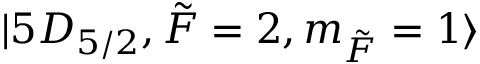
\lvert 5 D _ { 5 / 2 } , \Tilde { F } = 2 , m _ { \Tilde { F } } = 1 \rangle